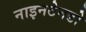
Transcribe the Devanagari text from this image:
नाइनटेनडो